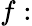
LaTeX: f: